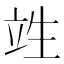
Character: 𮄫